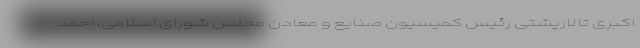
اکبری تالارپشتی رئیس کمیسیون صنایع و معادن مجلس شورای اسلامی، احمد